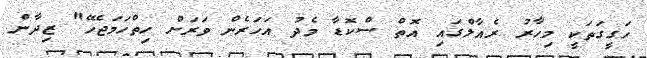
ހަގީގަތަކީ މިހާރު ރެއާލްގައި އޮތް ސްކޮޑާ މެދު އަހަރެން ވަރަށް ހިތްހަމަޖެހޭ" ޒިދާން